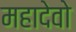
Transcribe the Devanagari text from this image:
महादेवो